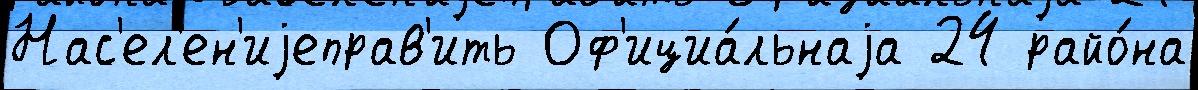
Нас'ел'ен'иjеправ'ить Оф'ициа́льнаjа 24 райо́на